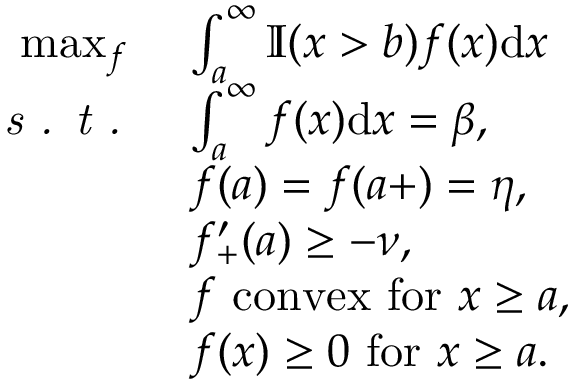
\begin{array} { r l } { \operatorname* { m a x } _ { f } \ } & { \int _ { a } ^ { \infty } \mathbb { I } ( x > b ) f ( x ) \mathrm { d } x } \\ { \textit { s . t . } } & { \int _ { a } ^ { \infty } f ( x ) \mathrm { d } x = \beta , } \\ & { f ( a ) = f ( a + ) = \eta , } \\ & { f _ { + } ^ { \prime } ( a ) \ge - \nu , } \\ & { f \mathrm { \ c o n v e x \ f o r \ } x \ge a , } \\ & { f ( x ) \ge 0 \mathrm { \ f o r \ } x \ge a . } \end{array}